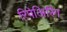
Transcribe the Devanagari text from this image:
रिपेअिरिंग